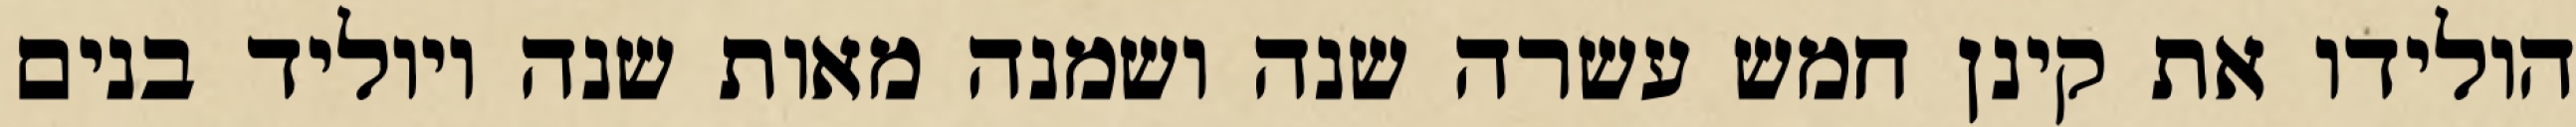
הולידו את קינן חמש עשרה שנה ושמנה מאות שנה ויוליד בנים